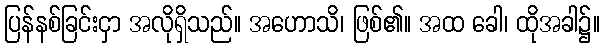
ပြန်နစ်ခြင်းငှာ အလိုရှိသည်။ အဟောသိ၊ ဖြစ်၏။ အထ ခေါ၊ ထိုအခါ၌။